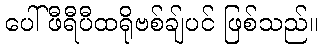
ပေါ်ဖီရီပီထရိုဗစ်ချ်ပင် ဖြစ်သည်။